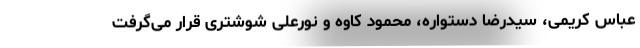
عباس کریمی، سیدرضا دستواره، محمود کاوه و نورعلی شوشتری قرار می‌گرفت